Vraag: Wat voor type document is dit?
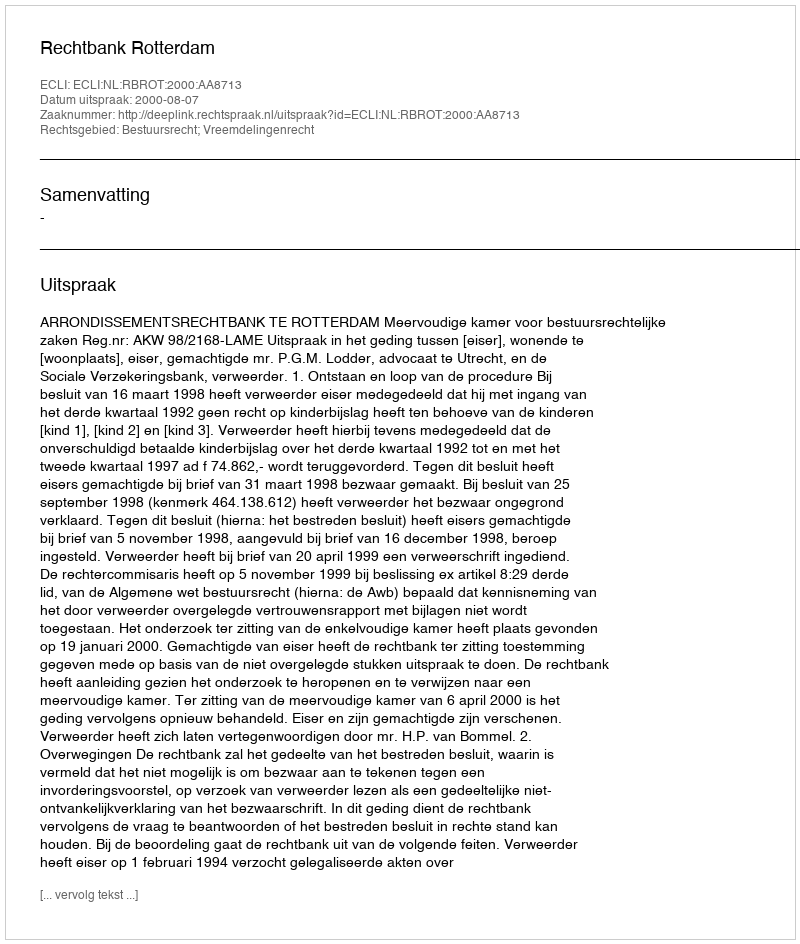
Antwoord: Uitspraak